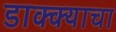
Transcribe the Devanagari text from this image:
डाक्क्याचा